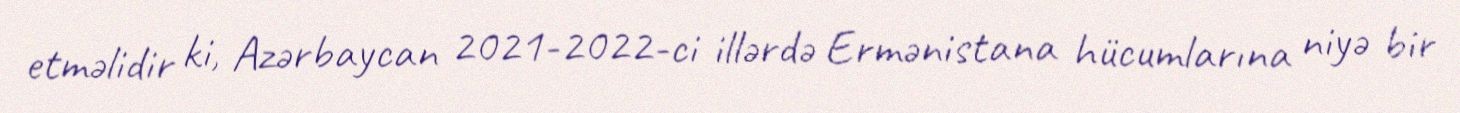
etməlidir ki, Azərbaycan 2021-2022-ci illərdə Ermənistana hücumlarına niyə bir